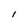
Character: l